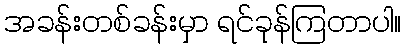
အခန်းတစ်ခန်းမှာ ရင်ခုန်ကြတာပါ။